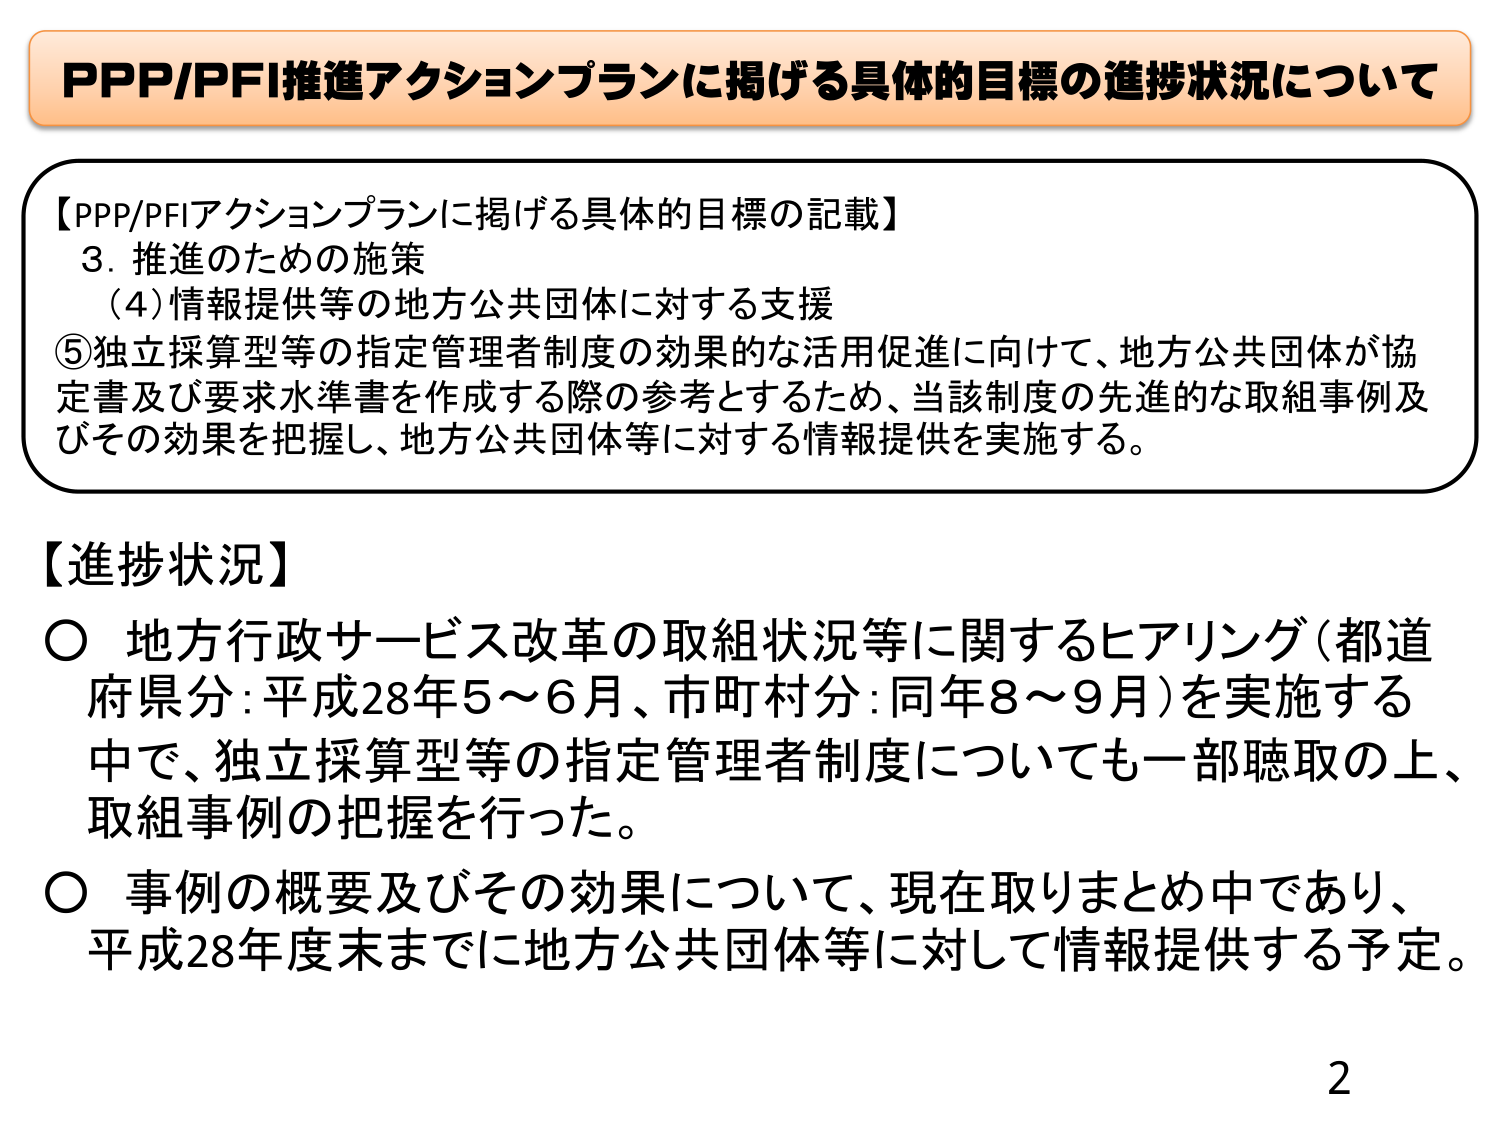
PPP/PFI推進アクションプランに掲げる具体的目標の進捗状況について

【PPP/PFIアクションプランに掲げる具体的目標の記載】
3. 推進のための施策
（4）情報提供等の地方公共団体に対する支援
⑤独立採算型等の指定管理者制度の効果的な活用促進に向けて、地方公共団体が協定書及び要求水準書を作成する際の参考とするため、当該制度の先進的な取組事例及びその効果を把握し、地方公共団体等に対する情報提供を実施する。

【進捗状況】
○ 地方行政サービス改革の取組状況等に関するヒアリング（都道府県分：平成28年5～6月、市町村分：同年8～9月）を実施する中で、独立採算型等の指定管理者制度についても一部聴取の上、取組事例の把握を行った。
○ 事例の概要及びその効果について、現在取りまとめ中であり、平成28年度末までに地方公共団体等に対して情報提供する予定。

2